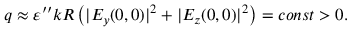
q \approx \varepsilon ^ { \prime \prime } k R \left( | E _ { y } ( 0 , 0 ) | ^ { 2 } + | E _ { z } ( 0 , 0 ) | ^ { 2 } \right) = c o n s t > 0 .